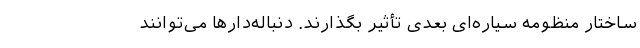
ساختار منظومه سیاره‌ای بعدی تأثیر بگذارند. دنباله‌دارها می‌توانند